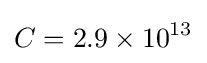
C=2.9\times 10^{13}